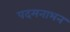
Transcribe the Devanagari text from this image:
पदमनाभन